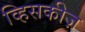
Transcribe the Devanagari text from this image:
व्हिसकीज़